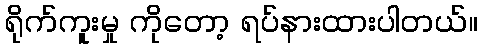
ရိုက်ကူးမှု ကိုတော့ ရပ်နားထားပါတယ်။